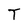
Character: T